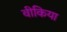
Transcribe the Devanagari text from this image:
वीकिया